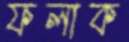
ফলাক